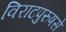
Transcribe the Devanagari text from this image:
विराटपुरुषसे